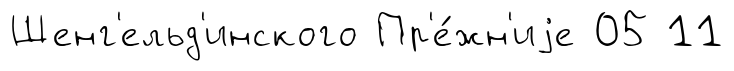
Шенг'ельд'инского Пр'е́жн'иjе 05 11